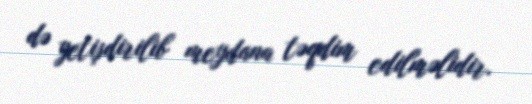
də yetişdirilib meydana təqdim edilməlidir.